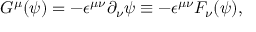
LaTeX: G ^ { \mu } ( \psi ) = - { \epsilon } ^ { { \mu } { \nu } } { \partial } _ { \nu } { \psi } \equiv - { \epsilon } ^ { { \mu } { \nu } } F _ { \nu } ( \psi ) ,